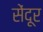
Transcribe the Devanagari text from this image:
सेंदूर